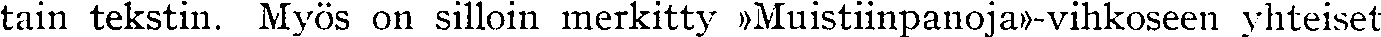
tain tekstin. Myös on silloin merkitty »Muistiinpanoja»-vihkoseen yhteiset